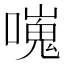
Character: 𠿯